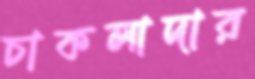
চাকলাদার